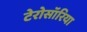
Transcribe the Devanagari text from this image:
टेरोसॉरिया